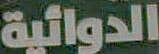
الدوائية